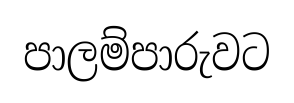
පාලම්පාරුවට